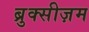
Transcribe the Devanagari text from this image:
ब्रुक्सीज़म